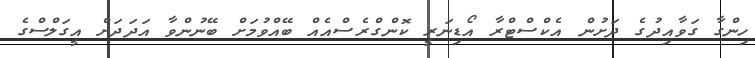
ހިންގާ ގަވާއިދުގެ ދަށުން އެކްސްޓްރާ އޯޑިނަރީ ކޮންގްރެސްއެއް ބޭއްވުމަށް ބޭނުންވާ އަދަދަށް އީގަލްސްގެ